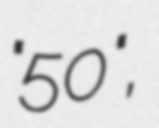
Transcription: "50",